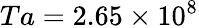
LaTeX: Ta=2.65\times 10^{8}